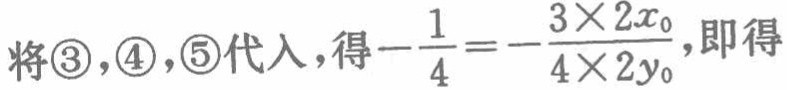
将\textcircled{3}，\textcircled{4}，\textcircled{5}代入，得\(-\frac{1}{4}=-\frac{3\times 2x_{0}}{4\times 2y_{0}}\)，即得